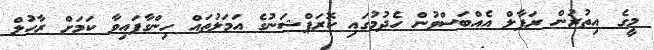
މީގެ އިތުރުން ރަފާލް އެއްބަސްވުން ހެދުމުގައި ކޮރަޕްޝަނުގެ އަމަލުތައް ހިންގާފައިވާ ކަމަށް ރާހުލް